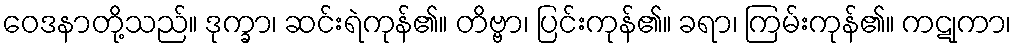
ဝေဒနာတို့သည်။ ဒုက္ခာ၊ ဆင်းရဲကုန်၏။ တိဗ္ဗာ၊ ပြင်းကုန်၏။ ခရာ၊ ကြမ်းကုန်၏။ ကဋုကာ၊